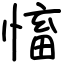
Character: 慉